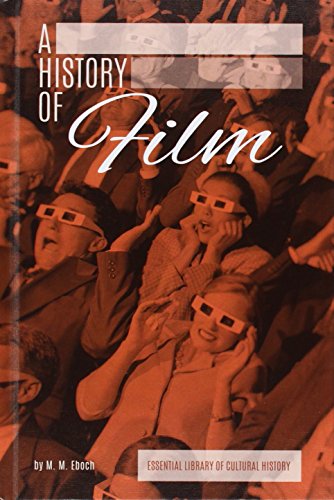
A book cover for History of Film (Essentiallibrary of Cultural History); M. M. Eboch; Teen & Young Adult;